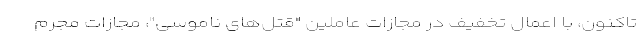
تاکنون، با اعمال تخفیف در مجازات عاملین "قتل‌های ناموسی"، مجازات مجرم